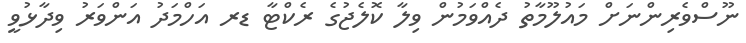
ނޫސްވެރިންނަށް މައުލޫމާތު ދެއްވަމުން ވިލާ ކޮލެޖުގެ ރެކްޓާ ޑރ އަހްމަދު އަންވަރު ވިދާޅުވީ